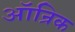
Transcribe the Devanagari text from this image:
ऑन्रिक